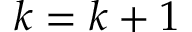
k = k + 1